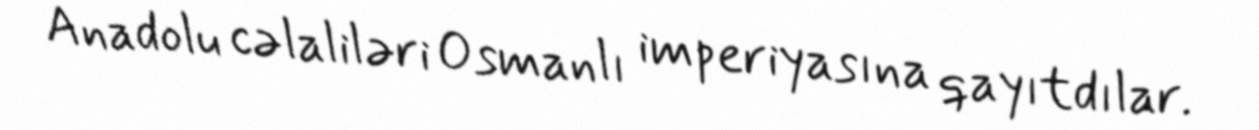
Anadolu cəlaliləri Osmanlı imperiyasına qayıtdılar.